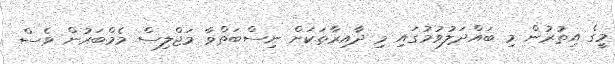
މީގެ އިތުރުން މި ބައްދަލުވުމުގައި މި ދާއިރާތަކަށް ނިސްބަތްވާ މަޖްލިސް މެމްބަރުން ވެސް